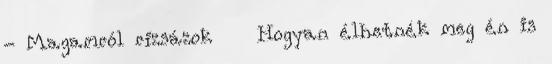
- Magamról rizsázok Hogyan élhetnék meg én is